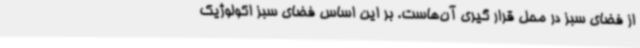
از فضای سبز در محل قرار گیری آن‌هاست. بر این اساس فضای سبز اکولوژیک